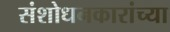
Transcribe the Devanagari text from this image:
संशोधनकारांच्या